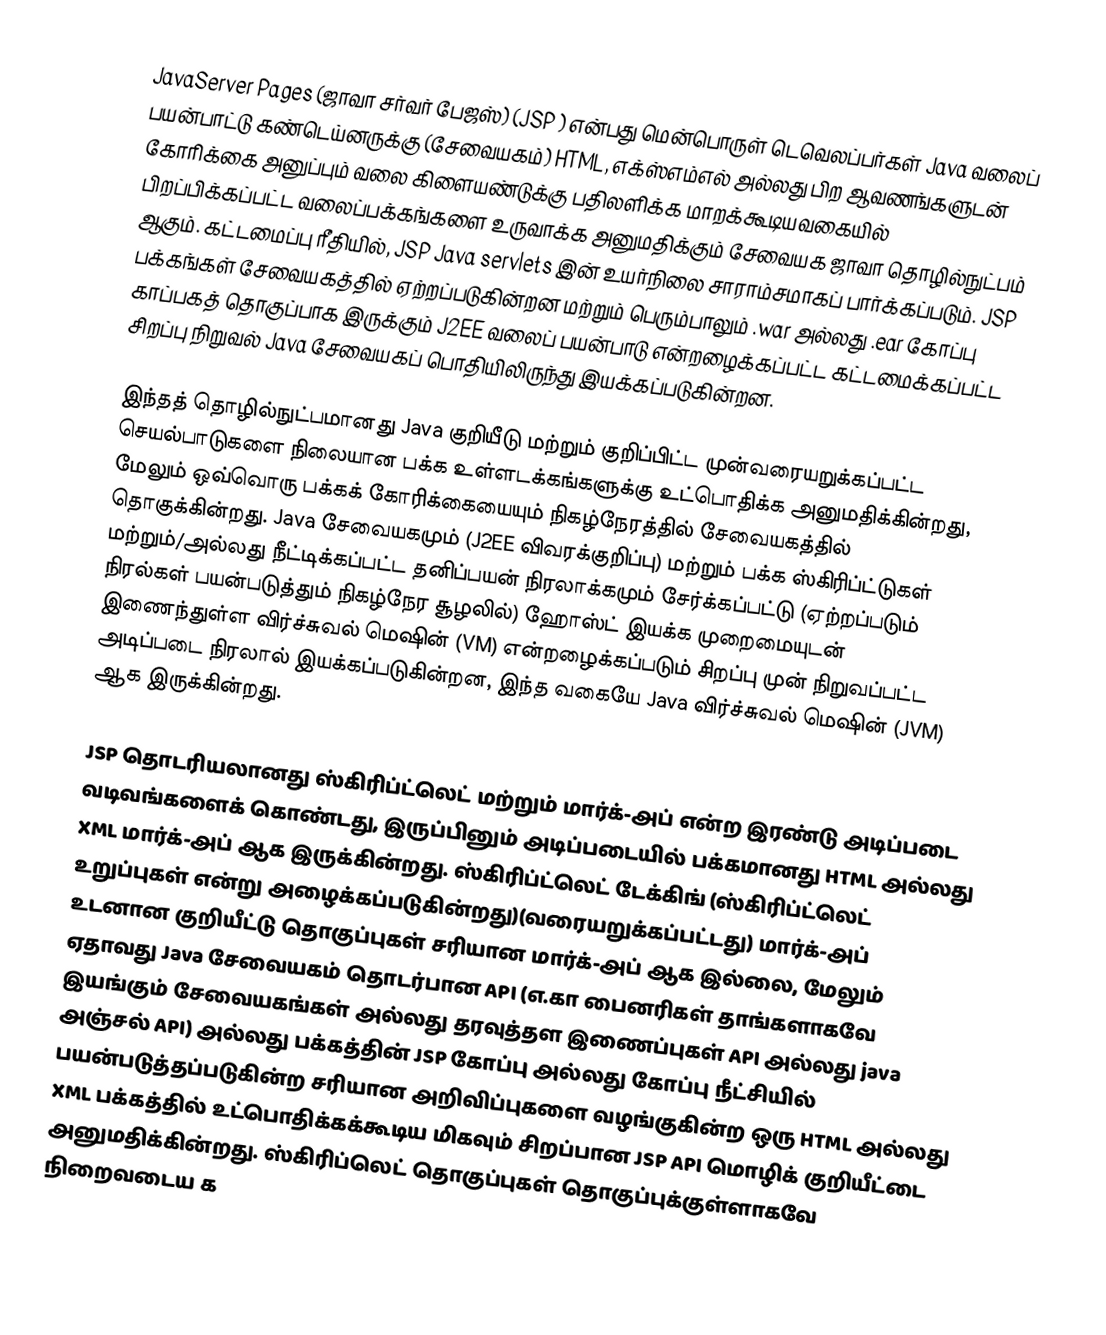
JavaServer Pages (ஜாவா சர்வர் பேஜஸ்)  (JSP ) என்பது மென்பொருள் டெவெலப்பர்கள் Java வலைப் பயன்பாட்டு கண்டெய்னருக்கு (சேவையகம்) HTML, எக்ஸ்எம்எல் அல்லது பிற ஆவணங்களுடன் கோரிக்கை அனுப்பும் வலை கிளையண்டுக்கு பதிலளிக்க மாறக்கூடியவகையில் பிறப்பிக்கப்பட்ட வலைப்பக்கங்களை உருவாக்க அனுமதிக்கும் சேவையக ஜாவா தொழில்நுட்பம் ஆகும். கட்டமைப்பு ரீதியில், JSP Java servlets இன் உயர்நிலை சாராம்சமாகப் பார்க்கப்படும். JSP பக்கங்கள் சேவையகத்தில் ஏற்றப்படுகின்றன மற்றும் பெரும்பாலும் .war அல்லது .ear கோப்பு காப்பகத் தொகுப்பாக இருக்கும் J2EE வலைப் பயன்பாடு என்றழைக்கப்பட்ட கட்டமைக்கப்பட்ட சிறப்பு நிறுவல் Java சேவையகப் பொதியிலிருந்து இயக்கப்படுகின்றன.

இந்தத் தொழில்நுட்பமானது Java குறியீடு மற்றும் குறிப்பிட்ட முன்வரையறுக்கப்பட்ட செயல்பாடுகளை நிலையான பக்க உள்ளடக்கங்களுக்கு உட்பொதிக்க அனுமதிக்கின்றது, மேலும் ஒவ்வொரு பக்கக் கோரிக்கையையும் நிகழ்நேரத்தில் சேவையகத்தில் தொகுக்கின்றது. Java சேவையகமும் (J2EE விவரக்குறிப்பு) மற்றும் பக்க ஸ்கிரிப்ட்டுகள் மற்றும்/அல்லது நீட்டிக்கப்பட்ட தனிப்பயன் நிரலாக்கமும் சேர்க்கப்பட்டு (ஏற்றப்படும் நிரல்கள் பயன்படுத்தும் நிகழ்நேர சூழலில்) ஹோஸ்ட் இயக்க முறைமையுடன் இணைந்துள்ள விர்ச்சுவல் மெஷின் (VM) என்றழைக்கப்படும் சிறப்பு முன் நிறுவப்பட்ட அடிப்படை நிரலால் இயக்கப்படுகின்றன, இந்த வகையே Java விர்ச்சுவல் மெஷின் (JVM) ஆக இருக்கின்றது.

JSP தொடரியலானது ஸ்கிரிப்ட்லெட்  மற்றும் மார்க்-அப்  என்ற இரண்டு அடிப்படை வடிவங்களைக் கொண்டது, இருப்பினும் அடிப்படையில் பக்கமானது HTML அல்லது XML மார்க்-அப் ஆக இருக்கின்றது. ஸ்கிரிப்ட்லெட் டேக்கிங் (ஸ்கிரிப்ட்லெட் உறுப்புகள் என்று அழைக்கப்படுகின்றது)(வரையறுக்கப்பட்டது) மார்க்-அப் உடனான குறியீட்டு தொகுப்புகள் சரியான மார்க்-அப் ஆக இல்லை, மேலும் ஏதாவது Java சேவையகம் தொடர்பான API (எ.கா பைனரிகள் தாங்களாகவே இயங்கும் சேவையகங்கள் அல்லது தரவுத்தள இணைப்புகள் API அல்லது java அஞ்சல் API) அல்லது பக்கத்தின் JSP கோப்பு அல்லது கோப்பு நீட்சியில் பயன்படுத்தப்படுகின்ற சரியான அறிவிப்புகளை வழங்குகின்ற ஒரு HTML அல்லது XML பக்கத்தில் உட்பொதிக்கக்கூடிய மிகவும் சிறப்பான JSP API மொழிக் குறியீட்டை அனுமதிக்கின்றது. ஸ்கிரிப்லெட் தொகுப்புகள் தொகுப்புக்குள்ளாகவே நிறைவடைய க